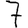
Digit: 7